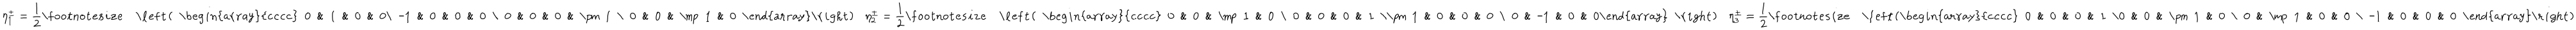
\eta _ { 1 } ^ { \pm } = { \frac { 1 } { 2 } } \texttt { \footnotesize \left( \begin{array} { c c c c } { { 0 } } & { { 1 } } & { { 0 } } & { { 0 } } \\ { { - 1 } } & { { 0 } } & { { 0 } } & { { 0 } } \\ { { 0 } } & { { 0 } } & { { 0 } } & { { \pm 1 } } \\ { { 0 } } & { { 0 } } & { { \mp 1 } } & { { 0 } } \\ \end{array} \right) } \, \, \eta _ { 2 } ^ { \pm } = { \frac { 1 } { 2 } } \texttt { \footnotesize \left( \begin{array} { c c c c } { { 0 } } & { { 0 } } & { { \mp 1 } } & { { 0 } } \\ { { 0 } } & { { 0 } } & { { 0 } } & { { 1 } } \\ { { \pm 1 } } & { { 0 } } & { { 0 } } & { { 0 } } \\ { { 0 } } & { { - 1 } } & { { 0 } } & { { 0 } } \\ \end{array} \right) } \, \, \eta _ { 3 } ^ { \pm } = { \frac { 1 } { 2 } } \texttt { \footnotesize \left( \begin{array} { c c c c } { { 0 } } & { { 0 } } & { { 0 } } & { { 1 } } \\ { { 0 } } & { { 0 } } & { { \pm 1 } } & { { 0 } } \\ { { 0 } } & { { \mp 1 } } & { { 0 } } & { { 0 } } \\ { { - 1 } } & { { 0 } } & { { 0 } } & { { 0 } } \\ \end{array} \right) }